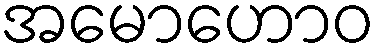
အမောဟောဝ